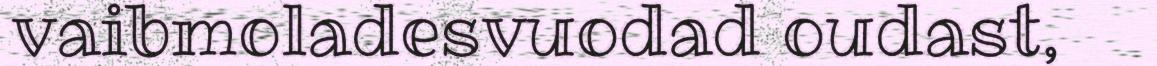
vaibmoladesvuodad oudast,